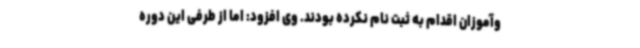
وآموزان اقدام به ثبت نام نکرده بودند. وی افزود: اما از طرفی این دوره